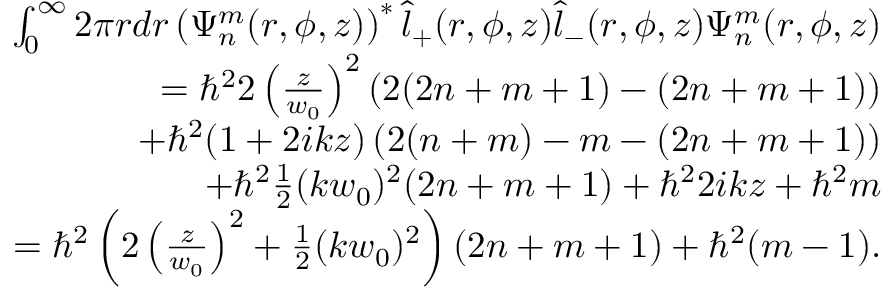
\begin{array} { r l r } & { } & { \int _ { 0 } ^ { \infty } 2 \pi r d r \left( \Psi _ { n } ^ { m } ( r , \phi , z ) \right) ^ { * } \hat { l } _ { + } ( r , \phi , z ) \hat { l } _ { - } ( r , \phi , z ) \Psi _ { n } ^ { m } ( r , \phi , z ) } \\ & { } & { = \hbar ^ { 2 } 2 \left( \frac { z } { w _ { 0 } } \right) ^ { 2 } \left( 2 ( 2 n + m + 1 ) - ( 2 n + m + 1 ) \right) } \\ & { } & { + \hbar ^ { 2 } ( 1 + 2 i k z ) \left( 2 ( n + m ) - m - ( 2 n + m + 1 ) \right) } \\ & { } & { + \hbar ^ { 2 } \frac { 1 } { 2 } ( k w _ { 0 } ) ^ { 2 } ( 2 n + m + 1 ) + \hbar ^ { 2 } 2 i k z + \hbar ^ { 2 } m } \\ & { } & { = \hbar ^ { 2 } \left( 2 \left( \frac { z } { w _ { 0 } } \right) ^ { 2 } + \frac { 1 } { 2 } ( k w _ { 0 } ) ^ { 2 } \right) ( 2 n + m + 1 ) + \hbar ^ { 2 } ( m - 1 ) . } \end{array}